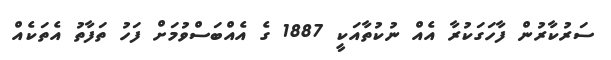
ސަރުކާރުން ފާހަގަކުރާ އެއް ނުކުތާއަކީ 1887 ގެ އެއްބަސްވުމަށް ފަހު ތަފާތު އެތަކެއް